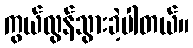
ကွယ်လွန်သွားခဲ့ပါတယ်။